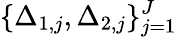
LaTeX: \{ \Delta_{1,j},\Delta_{2,j}\} _{j=1}^{J}